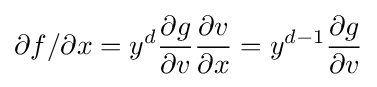
\partial f/\partial x=y^{d}{\frac {\partial g}{\partial v}}{\frac {\partial v}{\partial x}}=y^{d-1}{\frac {\partial g}{\partial v}}